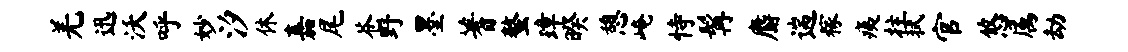
羌迅沃呼妙汐休嘉尾苍野墨蓍螯璋暌憩崦恃髯麝遄稼痍拄拭官悠属劫